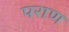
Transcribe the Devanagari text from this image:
पराण